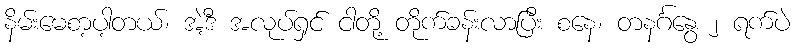
နိမ်းမေစာ့ပါ့တယ်၊ အဲ့ဒီ အလုပ်ရှင် ငါတို့ တိုက်ခန်းလာပြီး စနေ၊ တနင်္ဂနွေ ၂ ရက်ပဲ